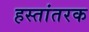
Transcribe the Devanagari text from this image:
हस्तांतरक